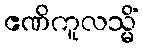
ဧဏိကူလသ္မိံ